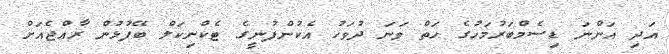
އަދި އަންނަ ޑިސެމްބަރުމަހުގެ ހަތް ވަނަ ދުވަހު އެކުންފުނީގެ ޓެކްނިކަލް ބޭފުޅުން ރާއްޖެއަށް